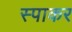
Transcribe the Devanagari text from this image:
स्पाकर